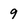
Character: 9